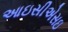
આઇસીએસઇ